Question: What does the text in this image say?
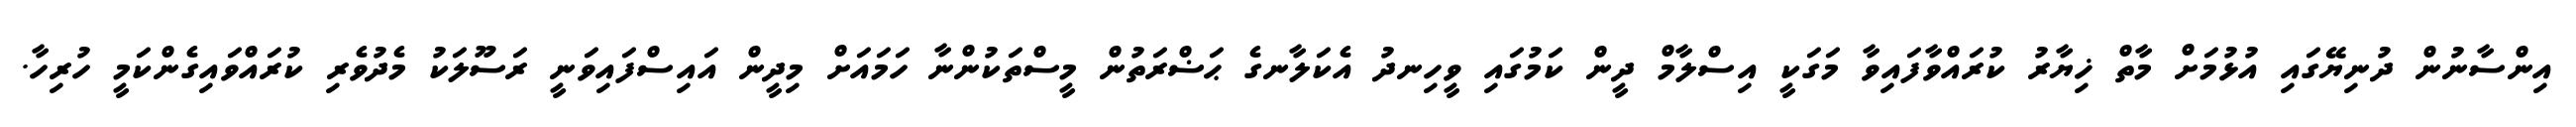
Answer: އިންސާނުން ދުނިޔޭގައި އުޅުމަށް މާތް ޚިޔާރު ކުރައްވާފައިވާ މަގަކީ އިސްލާމް ދީން ކަމުގައި ވީހިނދު އެކަލާނގެ ޙަޟްރަތުން މީސްތަކުންނާ ހަމައަށް މިދީން އައިސްފައިވަނީ ރަސޫލަކު މެދުވެރި ކުރައްވައިގެންކަމީ ހުރިހާ.